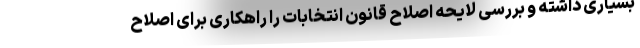
بسیاری داشته و بررسی لایحه اصلاح قانون انتخابات را راهکاری برای اصلاح